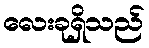
လေးခုရှိသည်